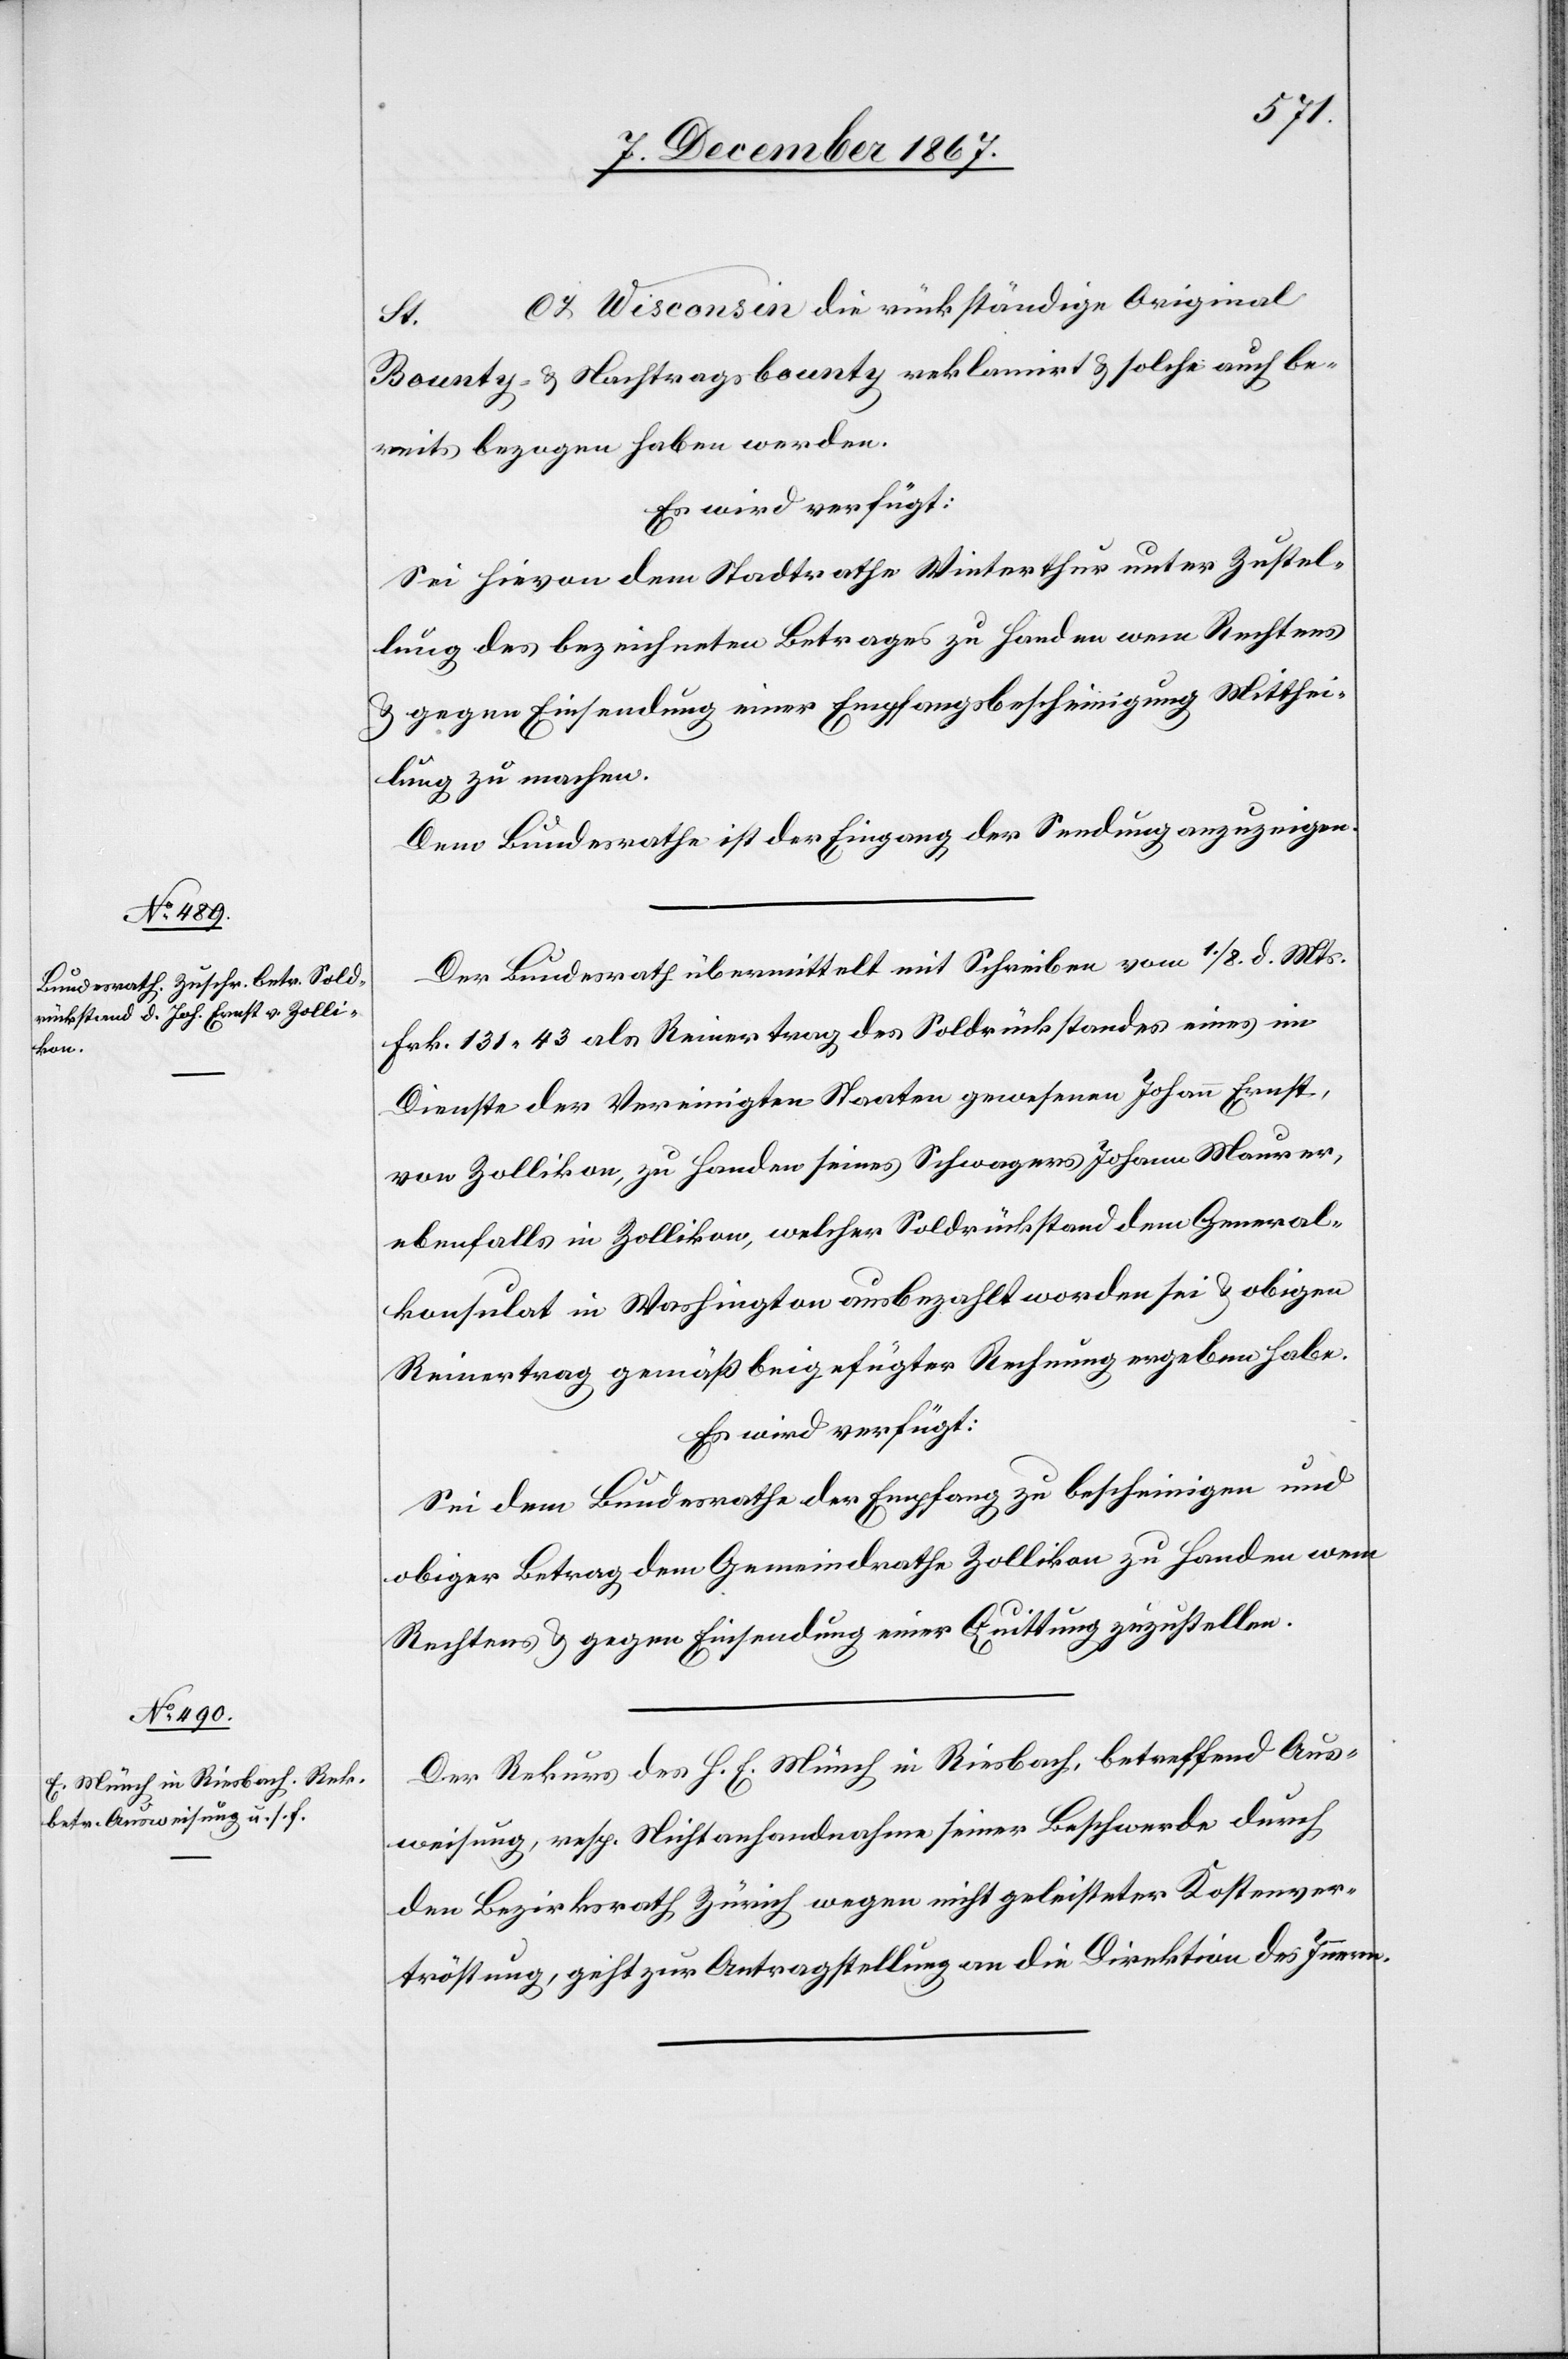
St. …
9. December 1867.]
Cy Wisconsin die rückständige Original
Bounty- u. Nachtragsbounty reklamirt u. solche auch be¬
reits bezogen haben werden.
Es wird verfügt:
Sei hievon dem Stadtrathe Winterthur unter Zustel¬
lung des bezeichneten Betrages zu Handen wem Rechtens
u. gegen Einsendung einer Empfangsbescheinigung Mitthei¬
lung zu machen.
Dem Bundesrathe ist der Eingang der Sendung anzuzeigen.
Der Bundesrath übermittelt mit Schreiben vom 1./8. d. Mts.
Frk. 131.43 als Reinertrag des Soldrückstandes eines im
Dienste der Vereinigten Staaten gewesenen Johann Ernst,
von Zollikon, zu Handen seines Schwagers Johann Maurer,
ebenfalls in Zollikon, welcher Soldrückstand dem General¬
konsulat in Washington ausbezahlt worden sei u. obigen
Reinertrag gemäß beigefügter Rechnung ergeben habe.
Es wird verfügt:
Sie dem Bundesrathe der Empfang zu bescheinigen und
obiger Betrag dem Gemeindrathe Zollikon zu Handen wem
Rechtens u. gegen Einsendung einer Quittung zuzustellen.
Der Rekurs des H. E. Münch in Riesbach, betreffend Aus¬
weisung resp. Nichtanhandnahme seiner Beschwerde durch
den Bezirksrath Zürich wegen nicht geleisteter Kostenver¬
tröstung, geht zur Antragstellung an die Direktion des Innern.